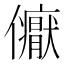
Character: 𭀏